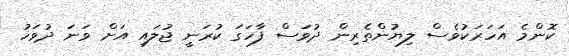
ކޮންމެ އަހަރަކުވެސް ލިޔުންތެރިން ދުވަސް ފާހަގަ ކުރަނީ ޖުލައި އަށް ވަނަ ދުވަހު